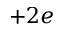
+ 2 e